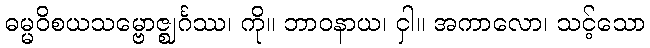
ဓမ္မဝိစယသမ္ဗောဇ္ဈင်္ဂဿ၊ ကို။ ဘာဝနာယ၊ ငှါ။ အကာလော၊ သင့်သော